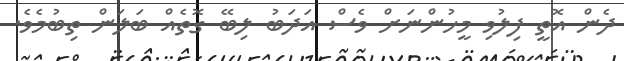
ދެން އޮތީ ފިލުވި މީހުންނަށް ވެސް އަދަބު ލިބޭ ގޮތެއް ބަލަން ތިބުމެވެ.